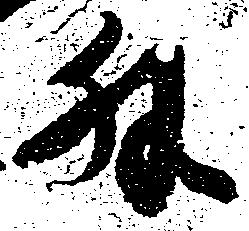
外